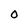
Character: 0